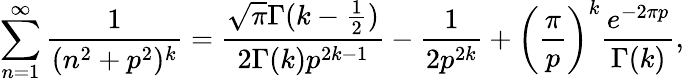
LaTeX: \sum_{n=1}^{\infty}\frac{1}{(n^{2}+p^{2})^{k}}=\frac{\sqrt{\pi}\Gamma(k-\frac{1}{2})}{2\Gamma(k)p^{2k-1}}-\frac{1}{2p^{2k}}+\left(\frac{\pi}{p}\right)^{k}\frac{e^{-2\pi p}}{\Gamma(k)},